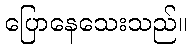
ပြောနေသေးသည်။